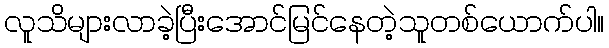
လူသိများလာခဲ့ပြီးအောင်မြင်နေတဲ့သူတစ်ယောက်ပါ။